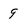
Character: 9